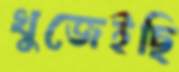
খুজেইছি